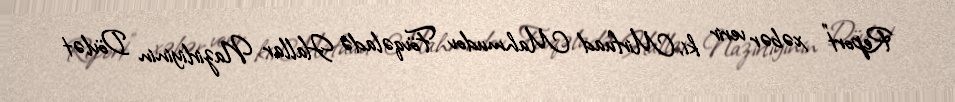
Report" xəbər verir ki, Mirfuad Mahmudov Fövqəladə Hallar Nazirliyinin Dövlət